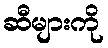
ဆီများကို